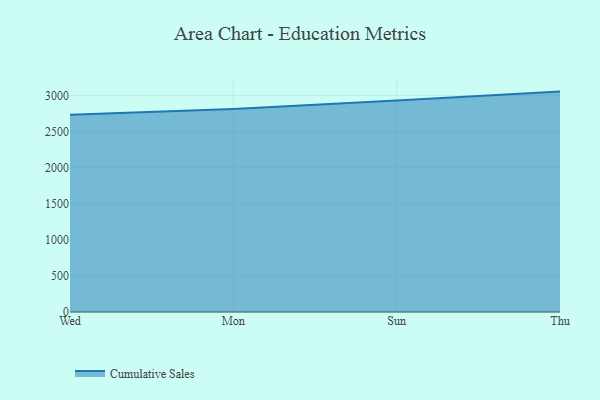
{"axis": {"x": "Day", "y": "Inventory Turnover"}, "legend": ["Cumulative Sales"], "data": [{"x": "Wed", "y": 2733.1, "type": "Cumulative Sales"}, {"x": "Mon", "y": 2814.4, "type": "Cumulative Sales"}, {"x": "Sun", "y": 2930.8, "type": "Cumulative Sales"}, {"x": "Thu", "y": 3054.4, "type": "Cumulative Sales"}]}